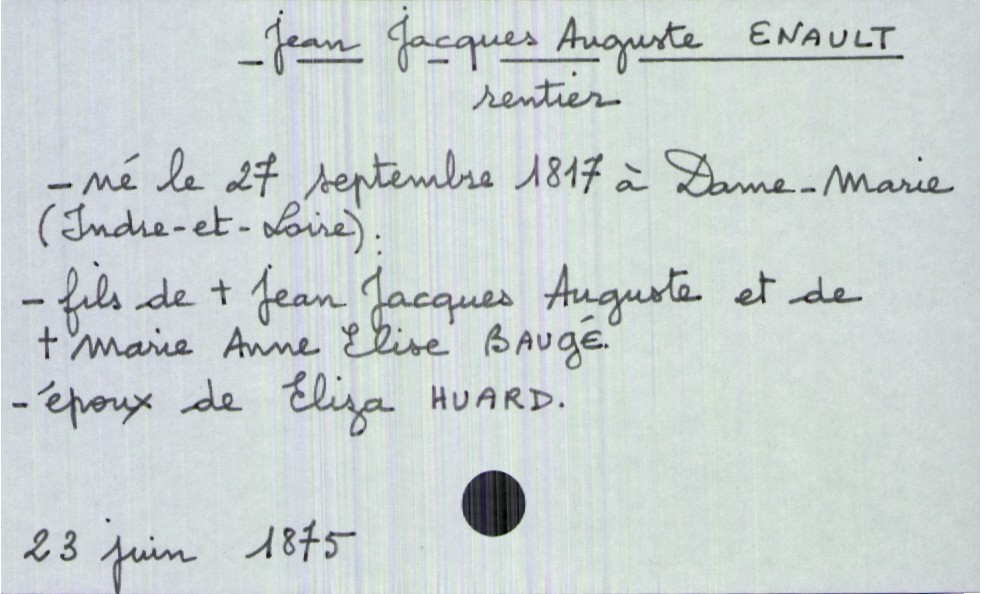
type_acte: Décès
année: 1875
mois: juin
jour: 23
défunt_nom: Enault
défunt_prénom: Jean Jacques Auguste
défunt_sexe: H
défunt_profession: rentier
défunt_date_de_naissance: 27 septembre 1817
défunt_lieu_de_naissance: Dame-Marie (Indre-et-Loire)
défunt_statut: marié(e)
père_défunt_nom: Enault
père_défunt_prénom: Jean Jacques Auguste
père_défunt_statut: décédé
mère_défunt_nom: Baugé
mère_défunt_prénom: Marie Anne Elise
mère_défunt_statut: décédée